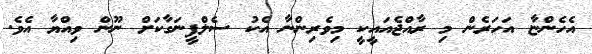
އެހެންޏާ އަހަރެން މި ރާއްޖެއައީކީ މިވެރިންނާ އެކު ސެލްފީނަގާކަށް ނޫން ވިއްޔާ އެވެ.